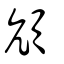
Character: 頏